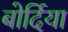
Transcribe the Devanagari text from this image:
बोर्दिया